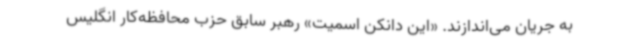
به جریان می‌اندازند. «این دانکن اسمیت» رهبر سابق حزب محافظه‌کار انگلیس